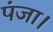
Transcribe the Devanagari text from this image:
पंजा।